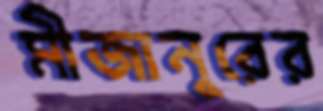
মীজানুরের